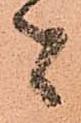
者